Scientific memoirs by medical officers of the Army of India - Part V,
Year: 1890
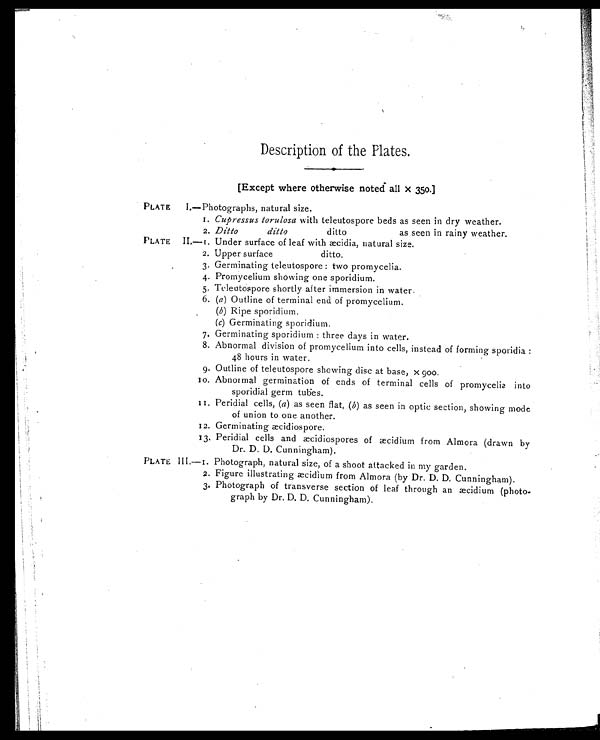
Description of the Plates.
[Except where otherwise noted all x 350.]
PLATE I.–Photographs, natural size.
1. Cupressus torulosa with teleutospore beds as seen in dry weather.
2. Ditto ditto
ditto as seen in rainy weather.
PLATE II.—1. Under surface of leaf with æcidia, natural size.
2. Upper surface
ditto.
3. Germinating teleutospore: two promycelia.
4. Promycelium showing one sporidium.
5. Teleutospore shortly after immersion in water.
6. (a) Outline of terminal end of promycelium.
(b)
R i p e s p o r i d i u m .
(
c
) G e r m i n a t i n g s p o r i d i u m .
7. Germinating sporidium: three days in water.
8. Abnormal division of promycelium into cells, instead of forming sporidia:
48 hours in water.
9. Outline of teleutospore showing disc at base, x 900.
10. Abnormal germination of ends of terminal cells of promycelia into
sporidial germ tubes.
11. Peridial cells, (a) as seen flat, (b) as seen in optic section, showing mode
of union to one another.
12. Germinating æcidiospore.
13. Peridial cells and æcidiospores of æcidium from Almora (drawn by
Dr. D. D. Cunningham).
PLATE III.—1. Photograph, natural size, of a shoot attacked in my garden.
2. Figure illustrating æcidium from Almora (by Dr. D. D. Cunningham).
3. Photograph of transverse section of leaf through an æcidium (photo
-graph by Dr. D. D. Cunningham).